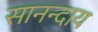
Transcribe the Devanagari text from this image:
सानन्दाय